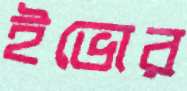
ইভোর